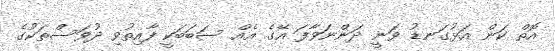
އޮތް ކަން އަޅުގަނޑު ވަނީ ދަންނަވާފަ އޭގެ އެއް ސަބަބަކީ ފާއިތުވި ދުވަސްތަކުގެ